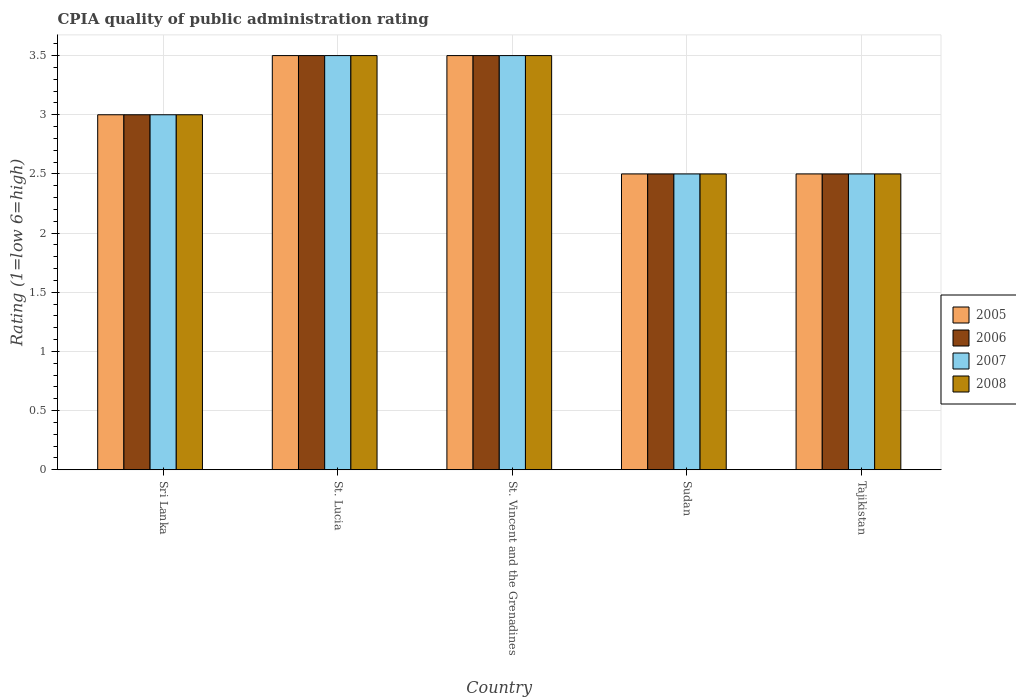
| Country | 2005 | 2006 | 2007 | 2008 |
 | --- | --- | --- | --- | --- |
 | Sri Lanka | 3 | 3 | 3 | 3 |
 | St. Lucia | 3.5 | 3.5 | 3.5 | 3.5 |
 | St. Vincent and the Grenadines | 3.5 | 3.5 | 3.5 | 3.5 |
 | Sudan | 2.5 | 2.5 | 2.5 | 2.5 |
 | Tajikistan | 2.5 | 2.5 | 2.5 | 2.5 |